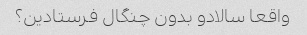
واقعا سالادو بدون چنگال فرستادین؟